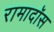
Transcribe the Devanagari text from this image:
रामादॉस